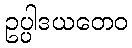
ဥပ္ပါဒယတေဝ